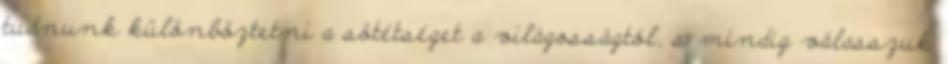
tudnunk különböztetni a sötétséget a világosságtól, s mindig válasszuk